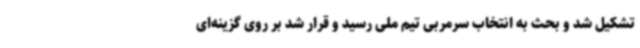
تشکیل شد و بحث به انتخاب سرمربی تیم ملی رسید و قرار شد بر روی گزینه‌ای